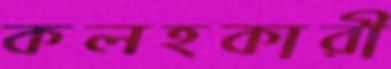
কলহকারী